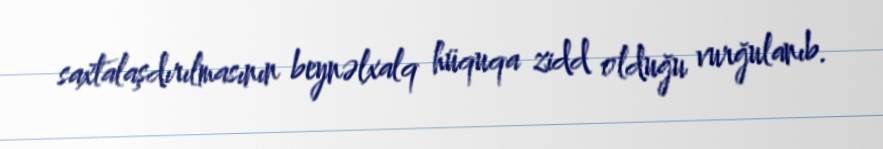
saxtalaşdırılmasının beynəlxalq hüquqa zidd olduğu vurğulanıb.